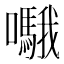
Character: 𱕥